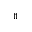
_ { 1 1 }